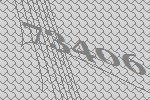
73406